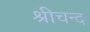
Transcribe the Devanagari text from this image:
श्रीचन्द